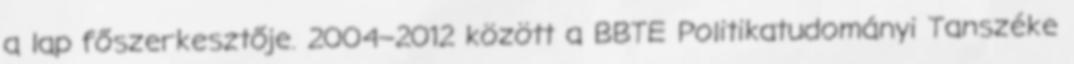
a lap főszerkesztője. 2004–2012 között a BBTE Politikatudományi Tanszéke